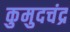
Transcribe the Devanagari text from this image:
कुमुदचंद्र